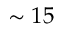
\sim 1 5